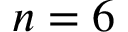
n = 6